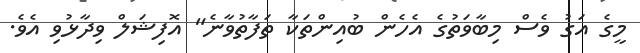
މީގެ އަގު ވެސް މިބާވަތުގެ އެހެން ބުއިންތަކާ ތަފާތުވާނެ" އޮފިޝަލް ވިދާޅުވި އެވެ.